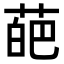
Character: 葩